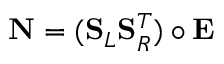
\mathbf { N } = ( \mathbf { S } _ { L } \mathbf { S } _ { R } ^ { T } ) \circ \mathbf { E }